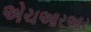
એચઆરઆર